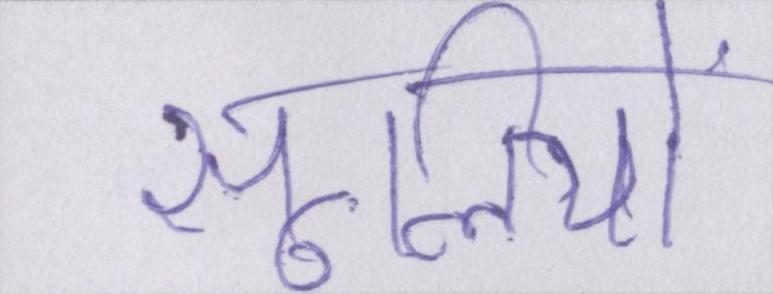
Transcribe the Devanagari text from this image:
सूलियों